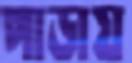
পাডায়